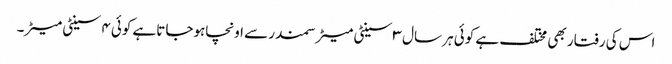
اس کی رفتار بھی مختلف ہے کوئی ہر سال ۳ سینٹی میٹرسمندر سے اونچاہوجاتاہے کوئی ۴ سینٹی میٹر۔